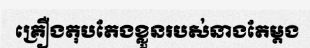
គ្រឿងតុបតែងខ្លួនរបស់នាងតែម្តង